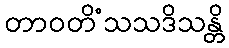
တာဝတိံသသဒိသန္တိ